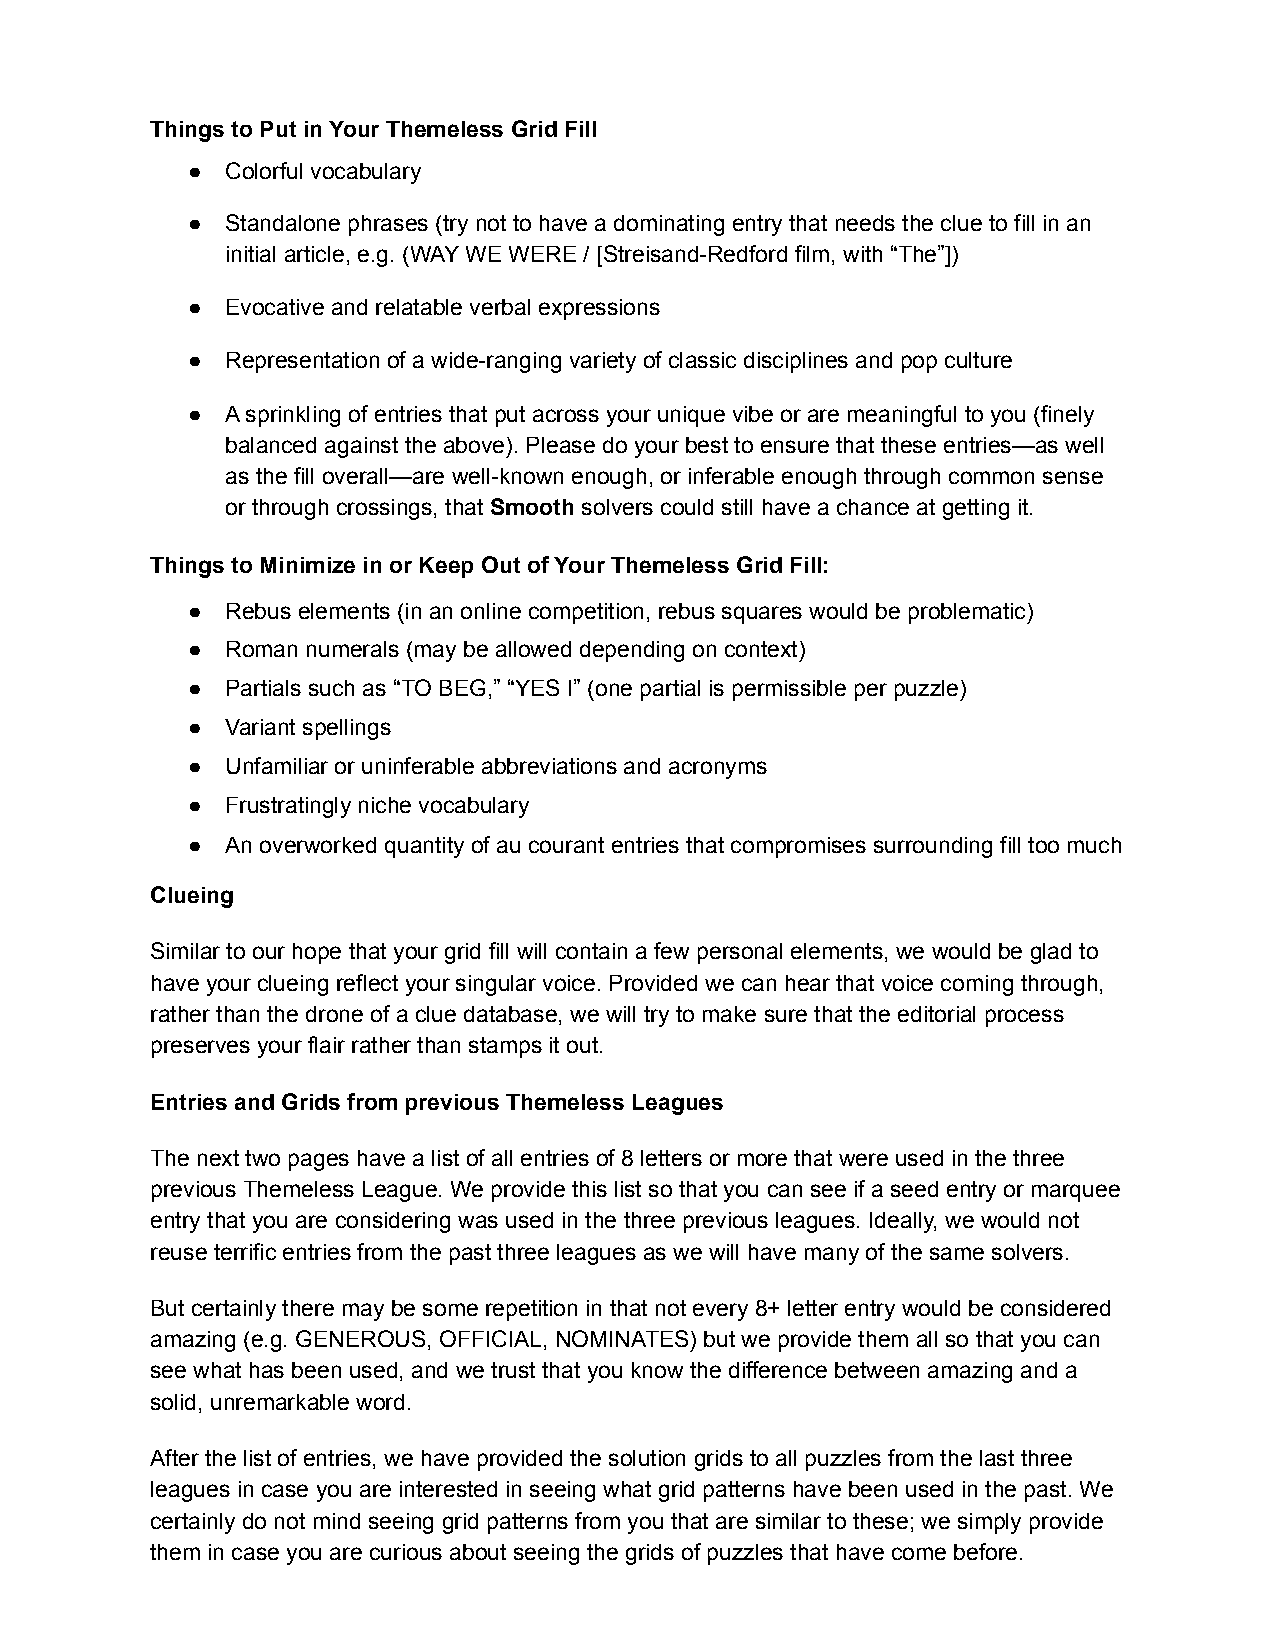
Things to Put in Your Themeless Grid Fill
 ●  Colorful vocabulary
 ●  Standalone phrases (try not to have a dominating entry that needs the clue to fill in an
 initial article, e.g. (WAY WE WERE / [Streisand-Redford film, with “The”])
 ●  Evocative and relatable verbal expressions
 ●  Representation of a wide-ranging variety of classic disciplines and pop culture
 ●  A sprinkling of entries that put across your unique vibe or are meaningful to you (finely
 balanced against the above). Please do your best to ensure that these entries—as well
 as the fill overall—are well-known enough, or inferable enough through common sense
 or through crossings, that Smooth solvers could still have a chance at getting it.
 Things to Minimize in or Keep Out of Your Themeless Grid Fill:
 ●  Rebus elements (in an online competition, rebus squares would be problematic)
 ●  Roman numerals (may be allowed depending on context)
 ●  Partials such as “TO BEG,” “YES I” (one partial is permissible per puzzle)
 ●  Variant spellings
 ●  Unfamiliar or uninferable abbreviations and acronyms
 ●  Frustratingly niche vocabulary
 ●  An overworked quantity of au courant entries that compromises surrounding fill too much
 Clueing
 Similar to our hope that your grid fill will contain a few personal elements, we would be glad to
 have your clueing reflect your singular voice. Provided we can hear that voice coming through,
 rather than the drone of a clue database, we will try to make sure that the editorial process
 preserves your flair rather than stamps it out.
 Entries and Grids from previous Themeless Leagues
 The next two pages have a list of all entries of 8 letters or more that were used in the three
 previous Themeless League. We provide this list so that you can see if a seed entry or marquee
 entry that you are considering was used in the three previous leagues. Ideally, we would not
 reuse terrific entries from the past three leagues as we will have many of the same solvers.
 But certainly there may be some repetition in that not every 8+ letter entry would be considered
 amazing (e.g. GENEROUS, OFFICIAL, NOMINATES) but we provide them all so that you can
 see what has been used, and we trust that you know the difference between amazing and a
 solid, unremarkable word.
 After the list of entries, we have provided the solution grids to all puzzles from the last three
 leagues in case you are interested in seeing what grid patterns have been used in the past. We
 certainly do not mind seeing grid patterns from you that are similar to these; we simply provide
 them in case you are curious about seeing the grids of puzzles that have come before.